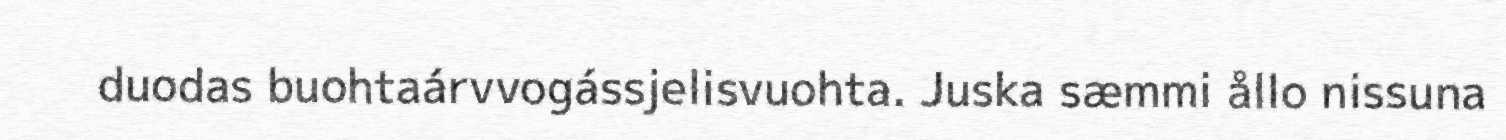
duodas buohtaárvvogássjelisvuohta. Juska sæmmi ållo nissuna